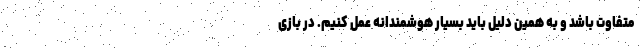
متفاوت باشد و به همین دلیل باید بسیار هوشمندانه عمل کنیم. در بازی